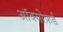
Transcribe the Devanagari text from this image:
ऑक्सोफ़र्ड